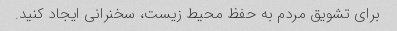
برای تشویق مردم به حفظ محیط زیست، سخنرانی ایجاد کنید.